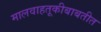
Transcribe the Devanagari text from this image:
मालवाहतूकीबाबतीत